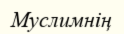
Муслимнің